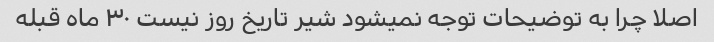
اصلا چرا به توضیحات توجه نمیشود شیر تاریخ روز نیست ۳۰ ماه قبله